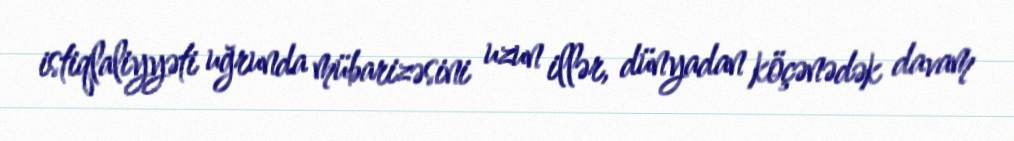
istiqlaliyyəti uğrunda mübarizəsini uzun illər, dünyadan köçənədək davam